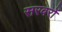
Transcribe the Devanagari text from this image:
सरवरों